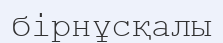
бірнұсқалы